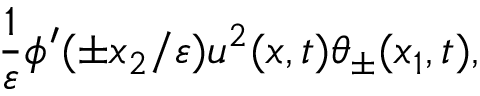
\frac { 1 } { \varepsilon } \phi ^ { \prime } ( \pm x _ { 2 } / \varepsilon ) u ^ { 2 } ( x , t ) \theta _ { \pm } ( x _ { 1 } , t ) ,